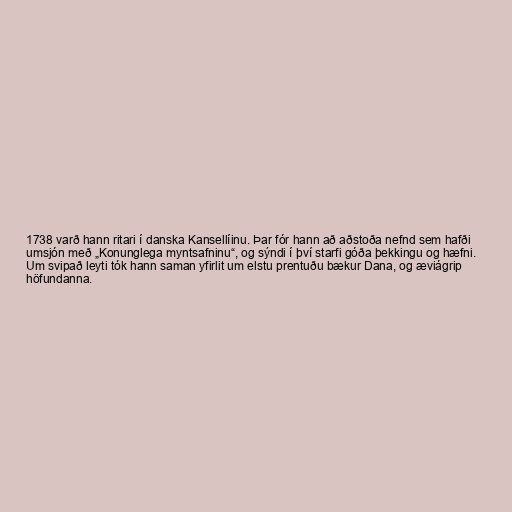
1738 varð hann ritari í danska Kansellíinu. Þar fór hann að aðstoða nefnd sem hafði
umsjón með „Konunglega myntsafninu“, og sýndi í því starfi góða þekkingu og hæfni.
Um svipað leyti tók hann saman yfirlit um elstu prentuðu bækur Dana, og æviágrip
höfundanna.